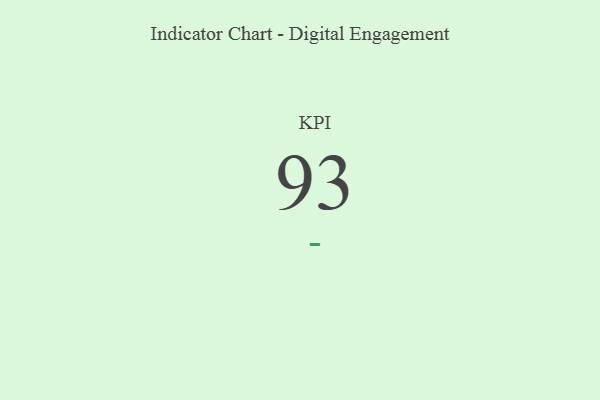
{"axis": {"x": "KPI", "y": "Value"}, "legend": [""], "data": [{"x": "KPI", "y": 93, "type": ""}]}